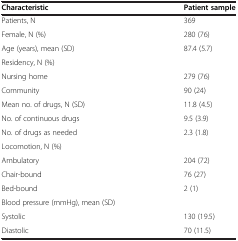
| Characteristic | Patient sample |
 | --- | --- |
 | Patients, N | 369 |
 | Female, N (%) | 280 (76) |
 | Age (years), mean (SD) | 87.4 (5.7) |
 | Residency, N (%) |  |
 | Nursing home | 279 (76) |
 | Community | 90 (24) |
 | Mean no. of drugs, N (SD) | 11.8 (4.5) |
 | No. of continuous drugs | 9.5 (3.9) |
 | No. of drugs as needed | 2.3 (1.8) |
 | Locomotion, N (%) |  |
 | Ambulatory | 204 (72) |
 | Chair-bound | 76 (27) |
 | Bed-bound | 2 (1) |
 | Blood pressure (mmHg), mean (SD) |  |
 | Systolic | 130 (19.5) |
 | Diastolic | 70 (11.5) |